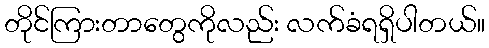
တိုင်ကြားတာတွေကိုလည်း လက်ခံရရှိပါတယ်။